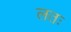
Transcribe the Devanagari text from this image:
लतः